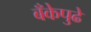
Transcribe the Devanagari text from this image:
बँकेपुढे